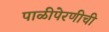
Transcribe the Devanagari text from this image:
पाळीपेरणीची